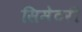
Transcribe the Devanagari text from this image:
सिमेटरी